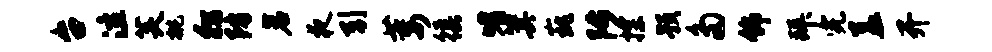
台泣芙挑彷防岩夜引萎徭嗜箕巍陟探预多饰拜完盖开